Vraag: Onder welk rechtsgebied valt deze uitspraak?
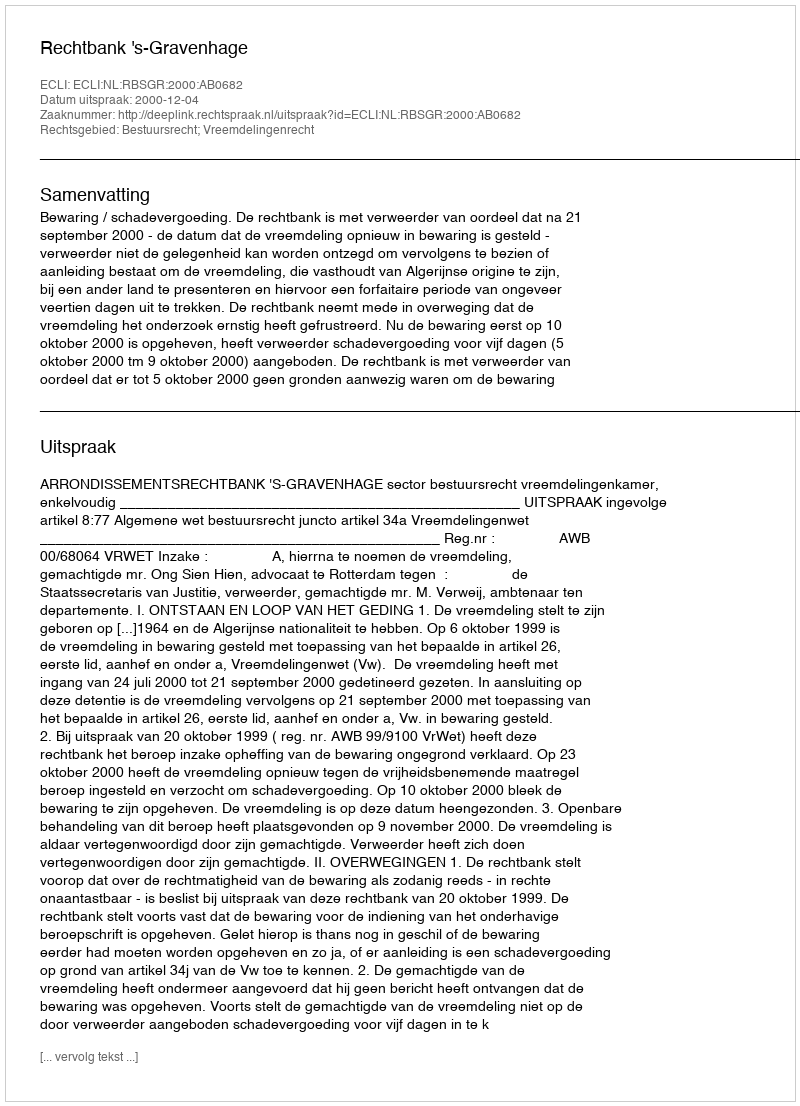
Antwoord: Bestuursrecht; Vreemdelingenrecht